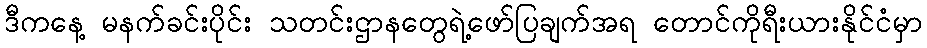
ဒီကနေ့ မနက်ခင်းပိုင်း သတင်းဌာနတွေရဲ့ဖော်ပြချက်အရ တောင်ကိုရီးယားနိုင်ငံမှာ